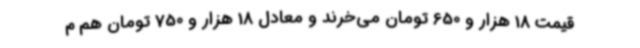
قیمت 18 هزار و 650 تومان می‌خرند و معادل 18 هزار و 750 تومان هم م